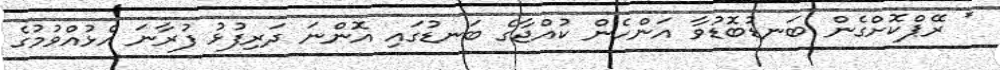
* ރޭޕްކޮށްގެން ބަނޑުބޮޑުވާ އަންހެން ކުއްޖާގެ ބަނޑުގައި އޮންނަ ދަރިފުޅު ފުރާނަ އެޅުއްވުމުގެ